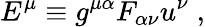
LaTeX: E^{\mu}\equiv g^{\mu\alpha}F_{\alpha\nu}u^{\nu}\; ,